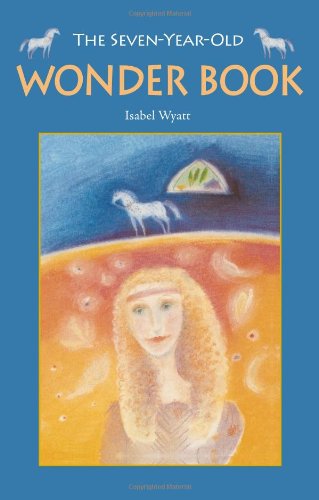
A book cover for The Seven-Year-Old Wonder Book; Isabel Wyatt; Children's Books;